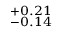
^ { + 0 . 2 1 } _ { - 0 . 1 4 }